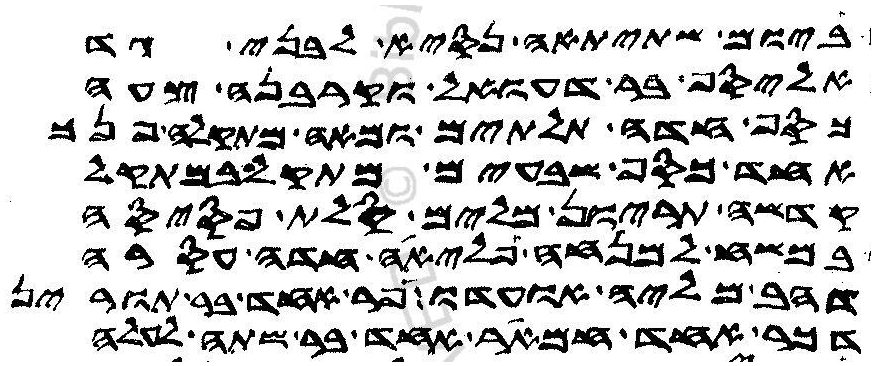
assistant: ביומה שתיתאה נסיא לבני גד
אליסף בר דעואל וקרבנה צעה
כסף חדה תלתים ומאה מתקלה פנך
אחד כסף שבעים מתקל במתקל
קדשה תריון מלים סלת פסיסה
במשח למנחה פליאה חדה עסרה
דהב מליה אועדו פר אחד בר תורין
דכר אחד חמאר אחד בר שתה לעלה